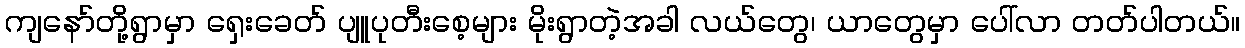
ကျနော်တို့ရွာမှာ ရှေးခေတ် ပျူပုတီးစေ့များ မိုးရွာတဲ့အခါ လယ်တွေ၊ ယာတွေမှာ ပေါ်လာ တတ်ပါတယ်။